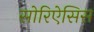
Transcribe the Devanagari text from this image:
सोरिऐसिस